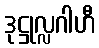
ဒုဋ္ဌုလ္လဂါဟီ